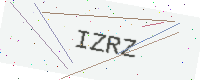
Text: IZRZ